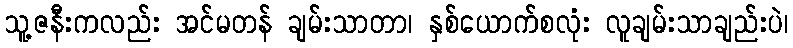
သူ့ဇနီးကလည်း အင်မတန် ချမ်းသာတာ၊ နှစ်ယောက်စလုံး လူချမ်းသာချည်းပဲ၊